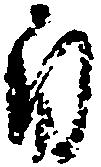
自